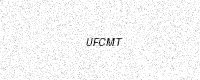
Text: UFCMT